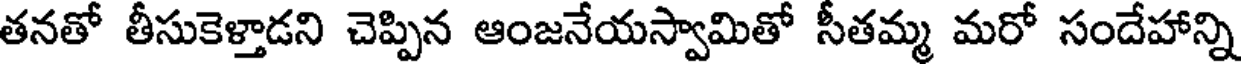
తనతో తీసుకెళ్తాడని చెప్పిన ఆంజనేయస్వామితో సీతమ్మ మరో సందేహాన్ని